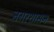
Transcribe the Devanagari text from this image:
नगरशासन